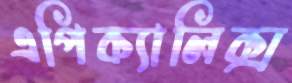
এপিক্যালিক্স